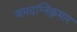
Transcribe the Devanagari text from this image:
जमदग्निकुमार